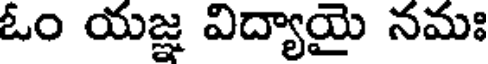
ఓం యజ్ఞ విద్యాయై నమః